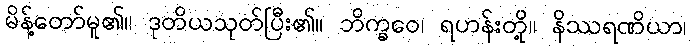
မိန့်တော်မူ၏။ ဒုတိယသုတ်ပြီး၏။ ဘိက္ခဝေ၊ ရဟန်းတို့။ နိဿရဏိယာ၊